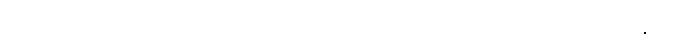
ယှဉ်သည် ဖြစ်၍။ တမပရာယနော၊ အမိုက်လျှင် လည်းလျောင်းရာရှိသော ပုဂ္ဂိုလ်လည်းကောင်း။ ဇောတိ၊